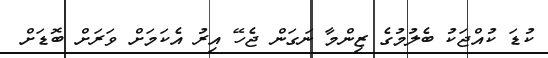
ކުޑަ ކުއްޖަކު ބެލުމުގެ ޒިންމާ ނަގަން ޖެހޭ އިރު އެކަމަށް ވަރަށް ބޮޑަށް